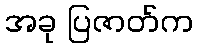
အခု ပြဇာတ်က